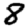
Digit: 8